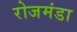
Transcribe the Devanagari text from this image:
रोजमंडा